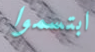
ابتسموا